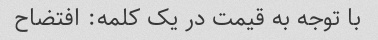
با توجه به قیمت در یک کلمه: افتضاح